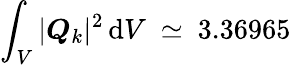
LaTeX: \int_{V}|\boldsymbol{Q}_{k}|^{2}\, \mathrm{d}V~\simeq~3.36965